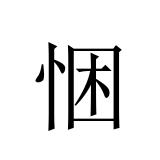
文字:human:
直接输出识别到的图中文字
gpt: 悃